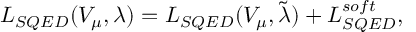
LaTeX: { \cal L } _ { S Q E D } ( V _ { \mu } , \lambda ) = { \cal L } _ { S Q E D } ( V _ { \mu } , \tilde { \lambda } ) + { \cal L } _ { S Q E D } ^ { s o f t } ,